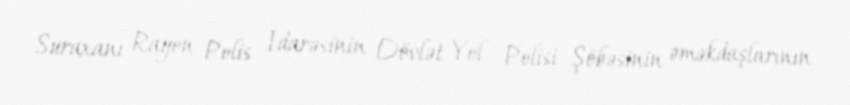
Suraxanı Rayon Polis İdarəsinin Dövlət Yol Polisi Şöbəsinin əməkdaşlarının